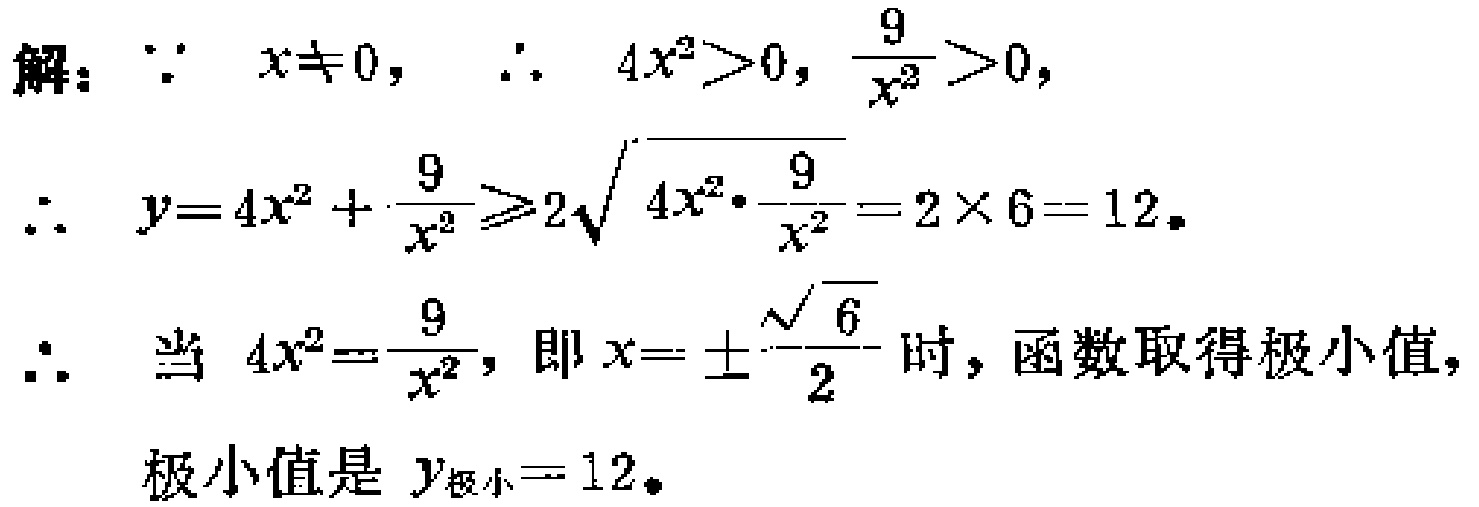
解：\(\because x\neq 0\)，\(\therefore 4x^{2}>0\)，\(\frac{9}{x^{2}}>0\)，
\(\therefore y = 4x^{2}+\frac{9}{x^{2}}\geqslant 2\sqrt{4x^{2}\cdot\frac{9}{x^{2}}}=2\times 6 = 12\)。
\(\therefore\)当\(4x^{2}=\frac{9}{x^{2}}\)，即\(x = \pm\frac{\sqrt{6}}{2}\)时，函数取得极小值，
极小值是\(y_{极小}=12\)。